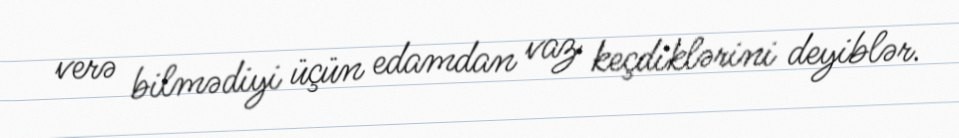
verə bilmədiyi üçün edamdan vaz keçdiklərini deyiblər.